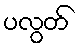
ပလွတ်